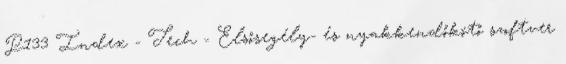
P133 Index - Tech - Elsősegély- és nyakkendőkötő szoftver